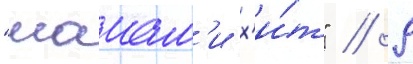
"маиам'и х'и́т" // 9